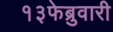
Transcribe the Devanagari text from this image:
१३फेब्रुवारी